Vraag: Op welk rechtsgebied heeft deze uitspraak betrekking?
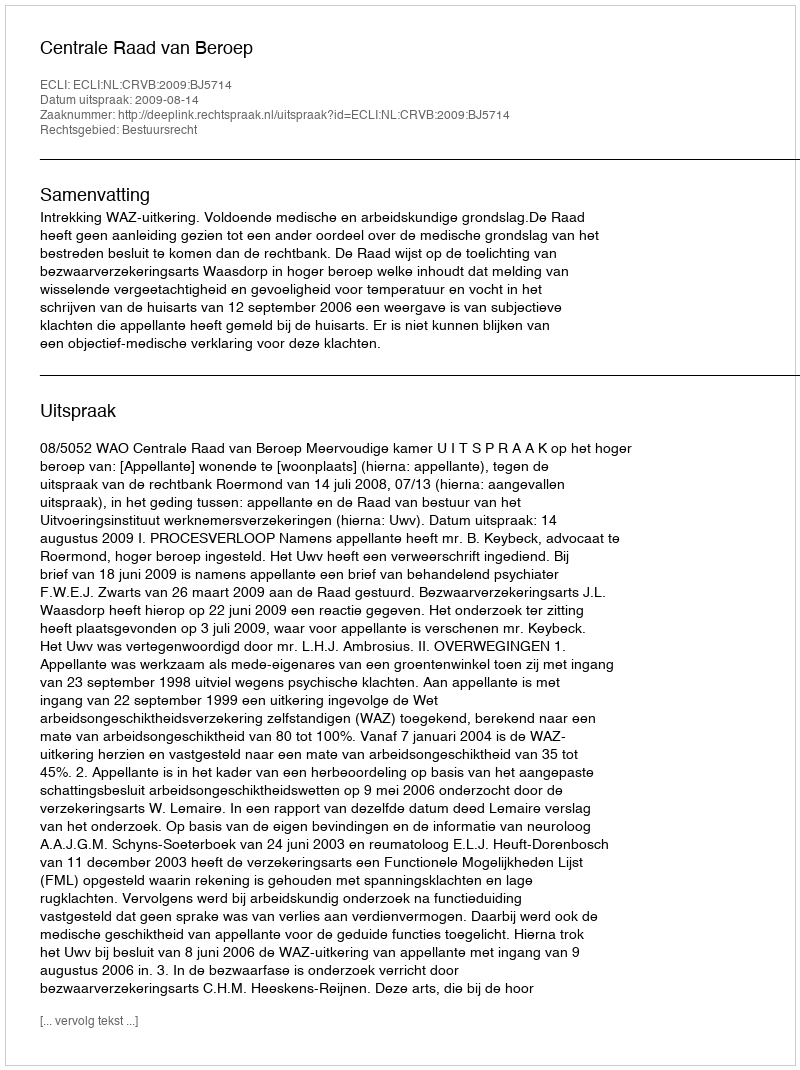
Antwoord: Bestuursrecht